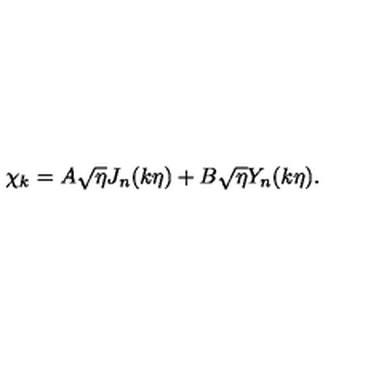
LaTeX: \chi _ { k } = A \sqrt { \eta } J _ { n } ( k \eta ) + B \sqrt { \eta } Y _ { n } ( k \eta ) .